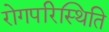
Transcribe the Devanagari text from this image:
रोगपरिस्थिति